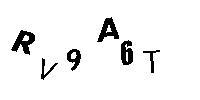
RV9A6T